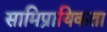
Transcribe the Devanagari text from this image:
सामिप्रायिकता